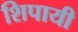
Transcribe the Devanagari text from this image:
शिपायी